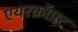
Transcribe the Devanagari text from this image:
एयरक्रॉफ़्ट